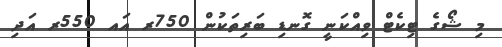
މި ޝޯގެ ޓިކެޓް ވިއްކަނީ ގޮނޑި ބަރިތަކުން 750ރ އައ 550ރ އަދި